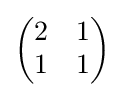
{\begin{pmatrix}2&1\\1&1\end{pmatrix}}